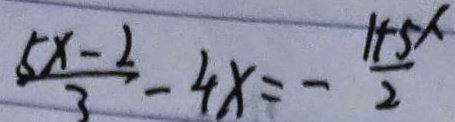
\frac { 5 x - 2 } { 3 } - 4 x = - \frac { 1 + 5 x } { 2 }